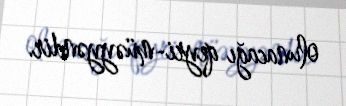
olunacağı qeyri-müəyyəndir.